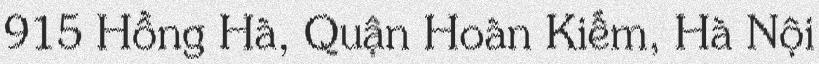
915 Hồng Hà, Quận Hoàn Kiếm, Hà Nội